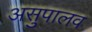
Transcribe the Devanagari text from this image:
असुपालव